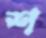
শ